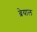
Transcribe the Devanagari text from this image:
ब्रेयाल